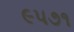
૯૫૭૧